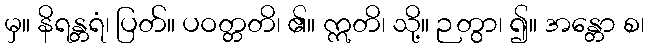
မှ။ နိရန္တရံ၊ ပြတ်။ ပဝတ္တတိ၊ ၏။ ဣတိ၊ သို့။ ဉတွာ၊ ၍။ အန္တော စ၊